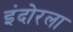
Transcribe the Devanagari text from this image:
इंदोरला